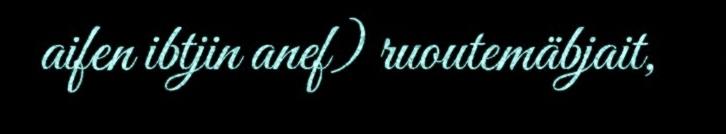
aifen ibtjin anef) ruoutemäbjait,